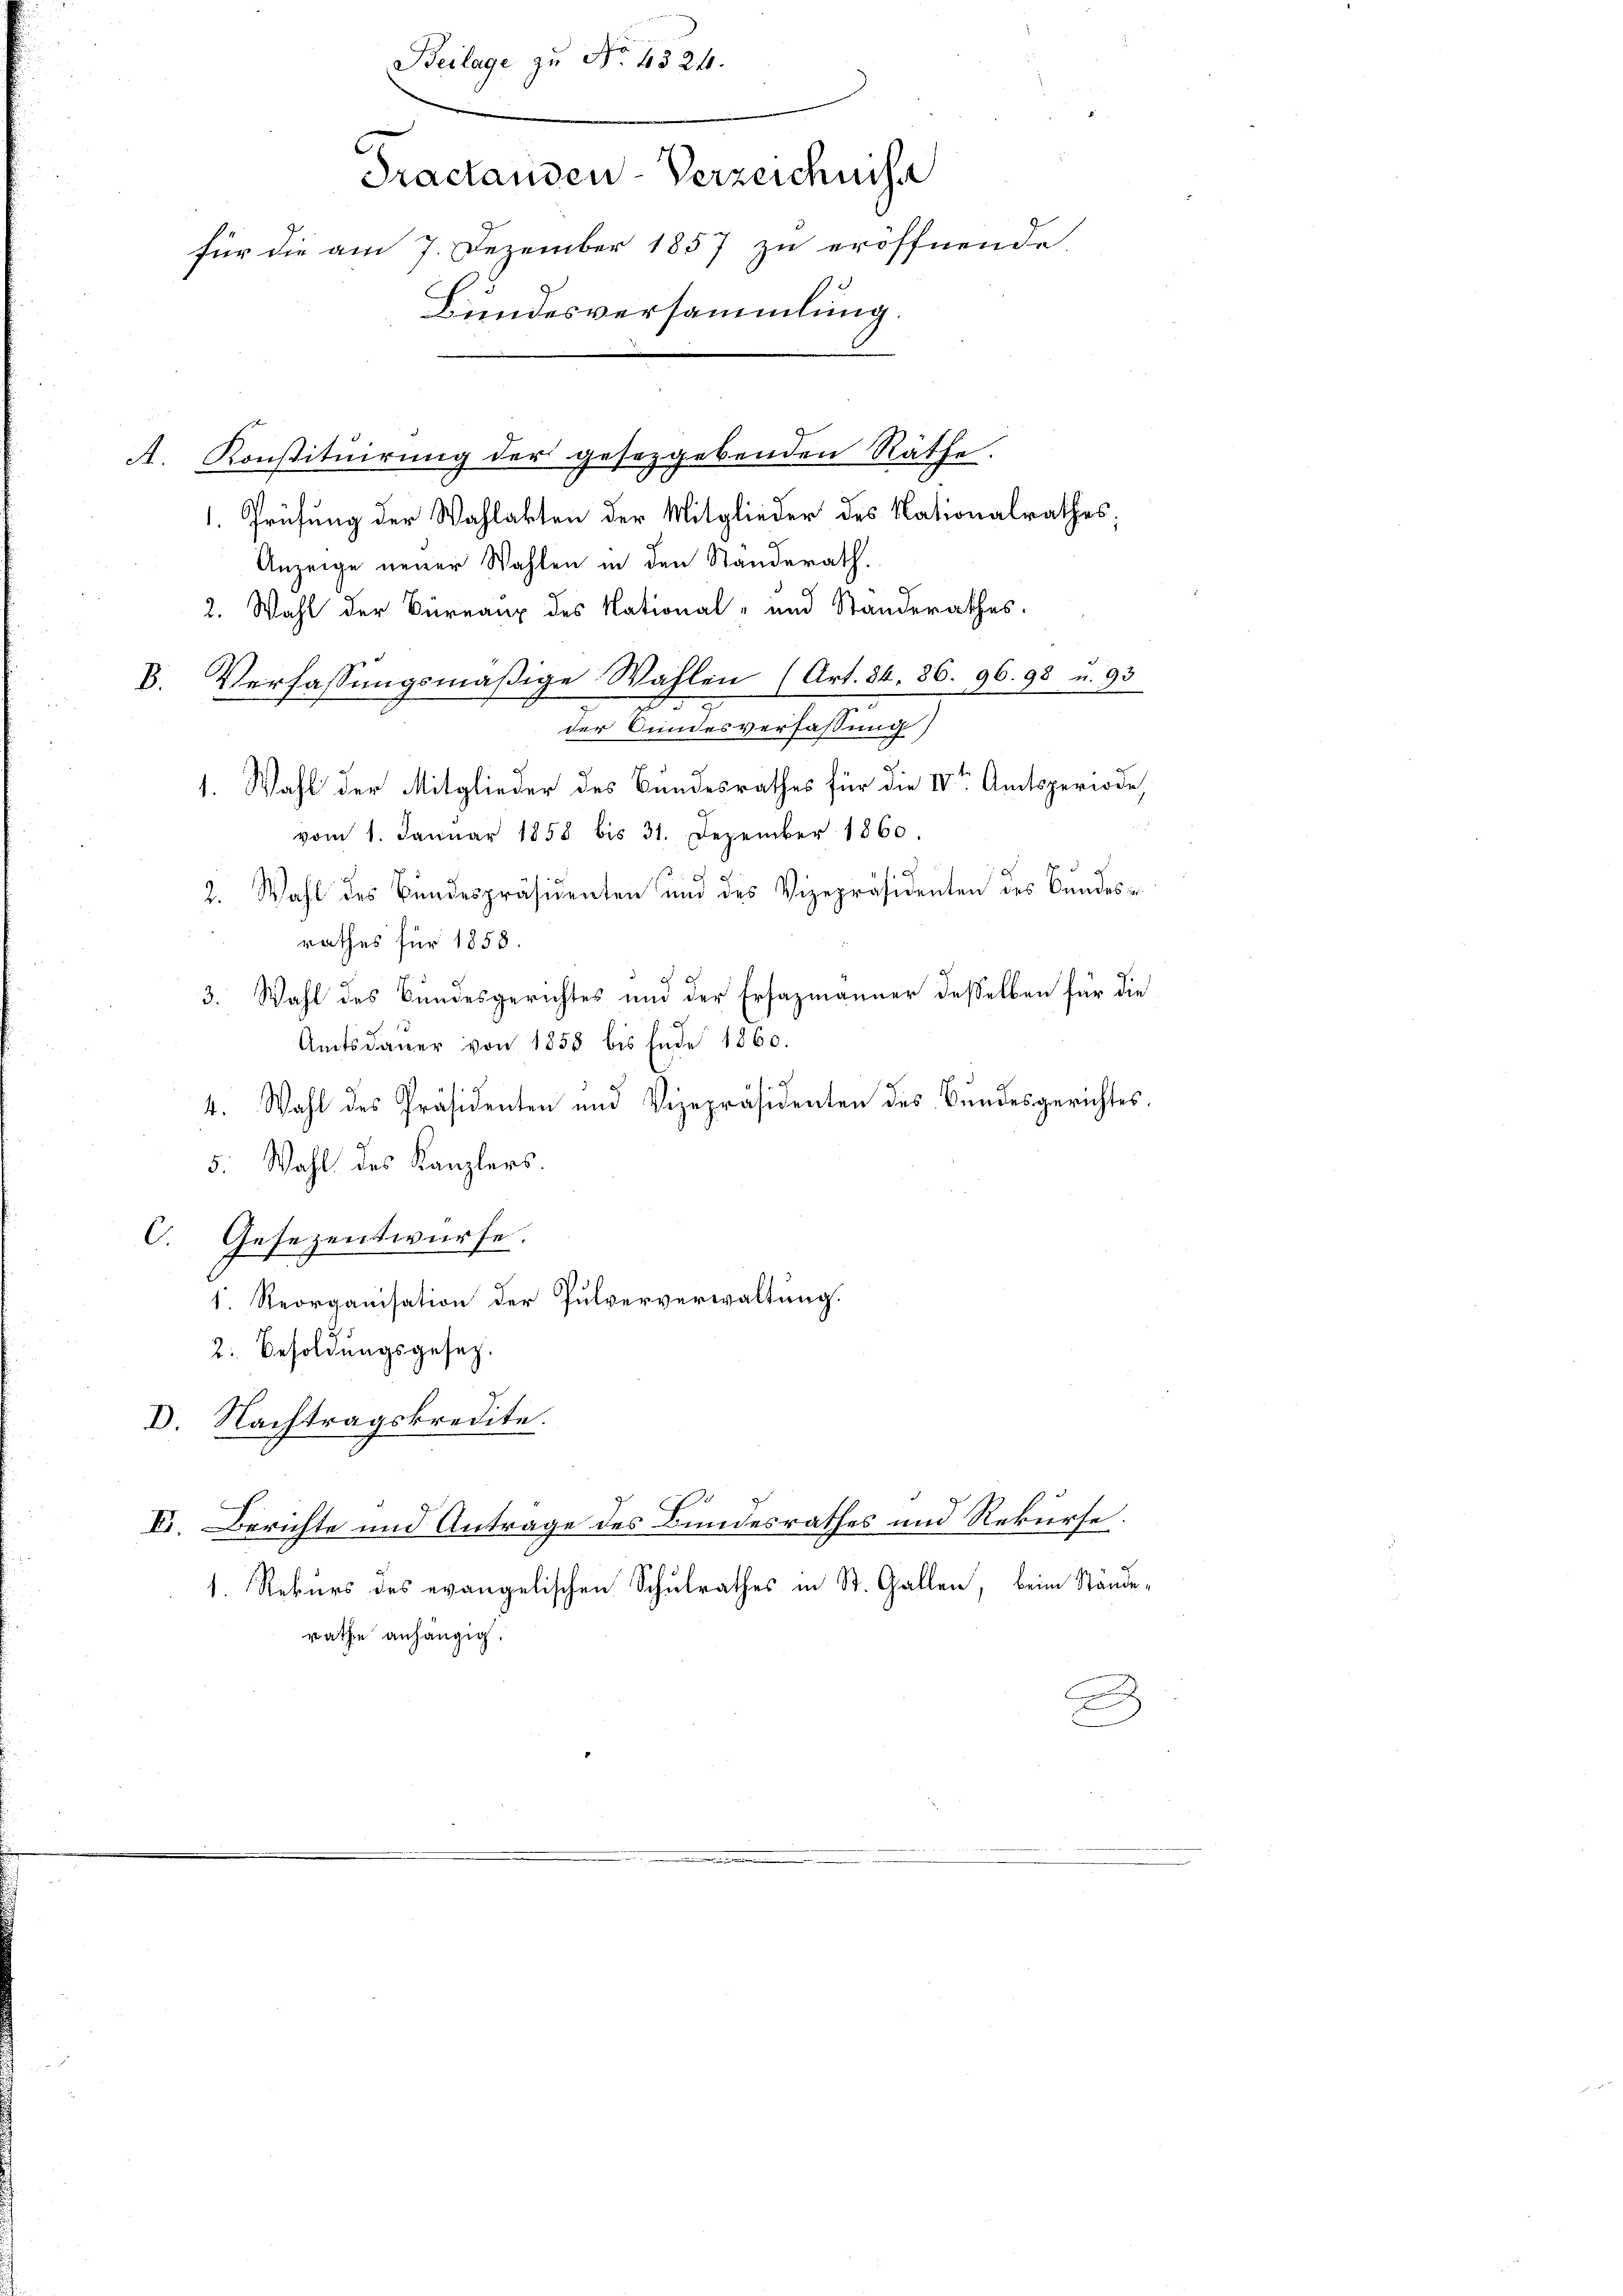
1. Prüfung der Wahlakten der Mitglieder des Nationalrathes,
Anzeige neuer Wahlen in den Standerath.
2. Wahl der Büreaux des National- und Standerathes.
8. Verfassungsmäßige Wahlen (Art. 84. 86. 96. 98 u. 93

der Bundesverfassung)
1. Wahl der Mitglieder des Bundesrathes für die IVte Amtsperiode,
vom 1. Janŭar 1858 bis 31. Dezember 1860.
2. Wahl des Bundespräsidenten und des Vizepräsidenten des Bundes-
rathes für 1858.
3. Wahl des Bundesgerichtes und der Ersazmänner desselben für die
Amtsdaŭer von 1858 bis Ende 1860.
x
4. Wahl des Präsidenten und Vizepräsidenten des Bundesgerichtes.
5. Wahl des Kanzlers.
C. Gesezentwürfe.
1. Reorganisation der Pulververwaltung.
2. Besoldungsgesetz.
D. Nachtragskredite.
E. Berichte und Antrage des Bundesrathes und Rekurse.
1. Rekurs des evangelischen Schulrathes in St. Gallen, beim Stände-
rathe anhängig.
e

Beilage zu No. 4324.
Tractanden-Verzeichniss
für die am 7. Dezember 1857 zu eröffnende
Bundesversammlung.
A. Konstituirung der gesezgebenden Räthe.